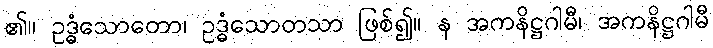
၏။ ဥဒ္ဓံသောတော၊ ဥဒ္ဓံသောတသာ ဖြစ်၍။ န အကနိဋ္ဌဂါမီ၊ အကနိဋ္ဌဂါမီ